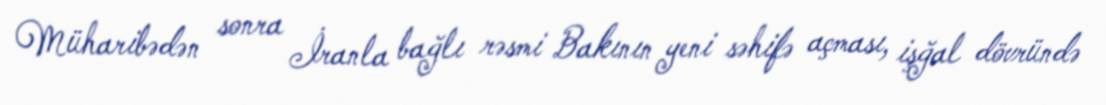
Müharibədən sonra İranla bağlı rəsmi Bakının yeni səhifə açması, işğal dövründə